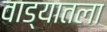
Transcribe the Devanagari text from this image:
वाड्यातला